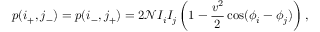
p ( i _ { + } , j _ { - } ) = p ( i _ { - } , j _ { + } ) = 2 \mathcal { N } I _ { i } I _ { j } \left( 1 - \frac { v ^ { 2 } } { 2 } \cos ( \phi _ { i } - \phi _ { j } ) \right) ,